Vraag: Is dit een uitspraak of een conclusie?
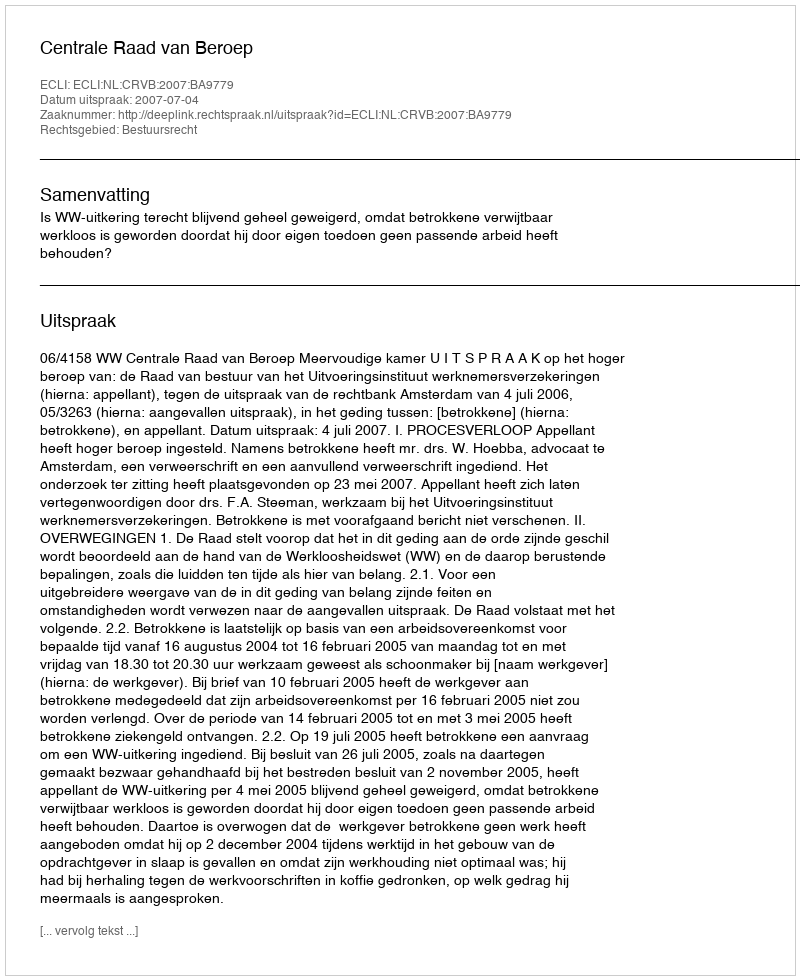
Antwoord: Uitspraak